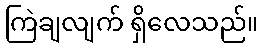
ကြဲချလျက် ရှိလေသည်။